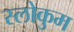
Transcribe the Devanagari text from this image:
स्लोकुम